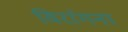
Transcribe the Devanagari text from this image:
विरांगना